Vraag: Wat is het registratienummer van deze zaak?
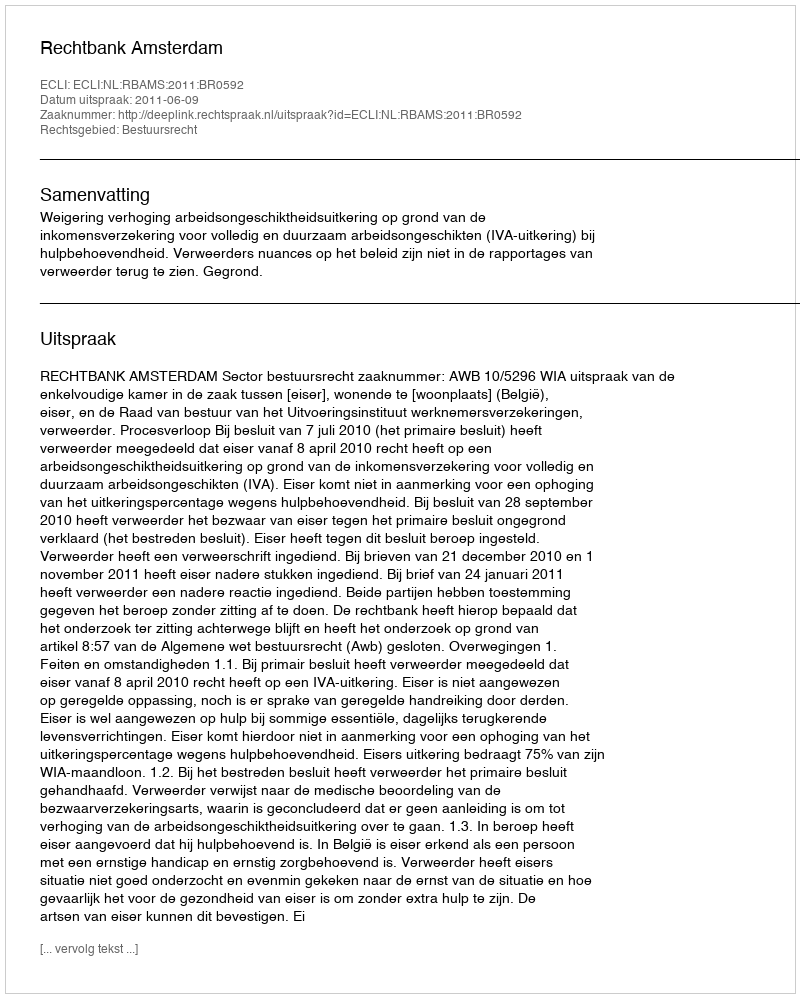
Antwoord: http://deeplink.rechtspraak.nl/uitspraak?id=ECLI:NL:RBAMS:2011:BR0592